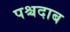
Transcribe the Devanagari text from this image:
पश्चदाब